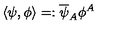
\langle \psi , \phi \rangle = : \overline { { \psi } } _ { A } \phi ^ { A }